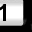
Digit: 1